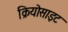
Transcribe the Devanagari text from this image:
क्रियोसाइट